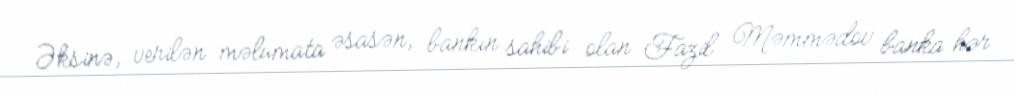
Əksinə, verilən məlumata əsasən, bankın sahibi olan Fazil Məmmədov banka hər